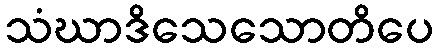
သံဃာဒိသေသောတိပေ